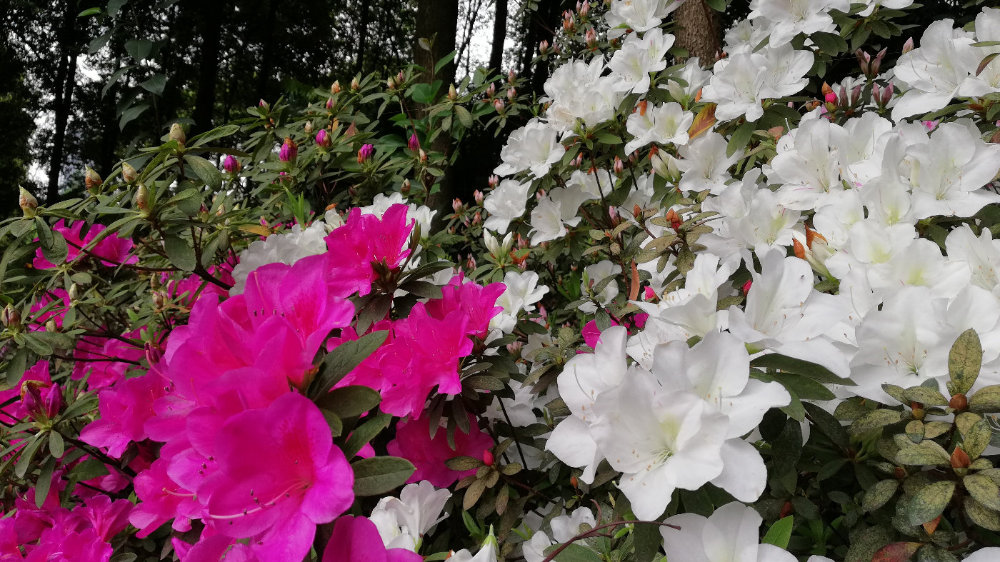
纸灰飞作白蝴蝶，泪血染成红杜鹃。